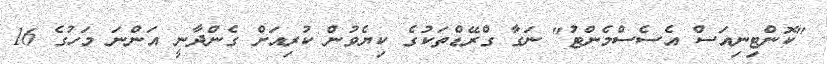
"ކޮންޓިނިއަސް އެސެސްމެންޓު" ނަގާ ގްރޭޑްތަކުގެ ކިޔެވުން ކުރިއަށް ގެންދާނީ އަންނަ މަހުގެ 16